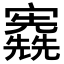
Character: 𡬃